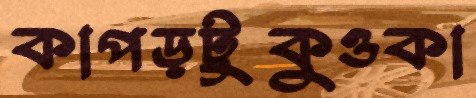
কাপড়টুকুওকা